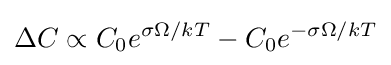
\Delta C\propto C_{0}e^{\sigma \Omega /kT}-C_{0}e^{-\sigma \Omega /kT}